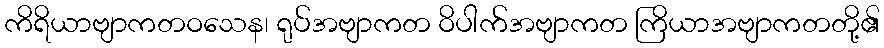
ကိရိယာဗျာကတဝသေန၊ ရုပ်အဗျာကတ ဝိပါက်အဗျာကတ ကြိယာအဗျာကတတို့၏